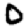
Digit: 0